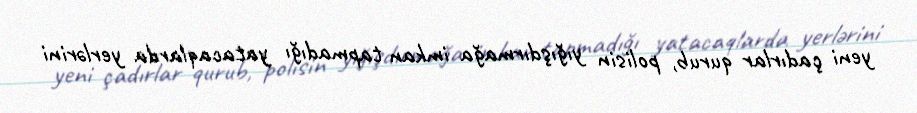
yeni çadırlar qurub, polisin yığışdırmağa imkan tapmadığı yatacaqlarda yerlərini